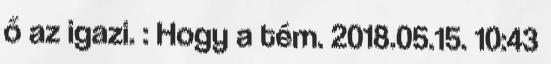
ő az igazi. : Hogy a tém. 2018.05.15. 10:43